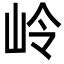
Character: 岭